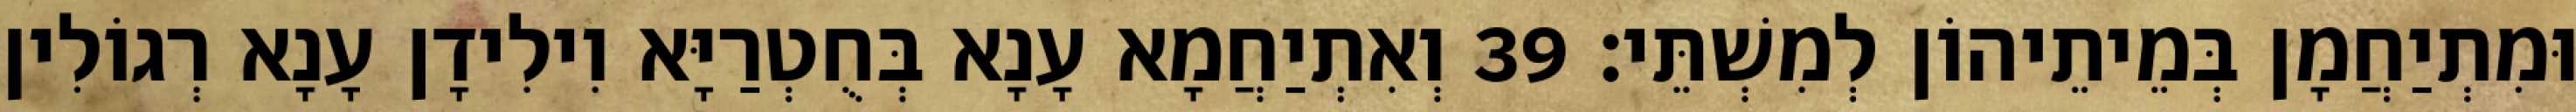
וּמִתְיַחֲמָן בְּמֵיתֵיהוֹן לְמִשְׁתֵּי׃ 39 וְאִתְיַחֲמָא עָנָא בְּחֻטְרַיָּא וִילִידָן עָנָא רְגוֹלִין